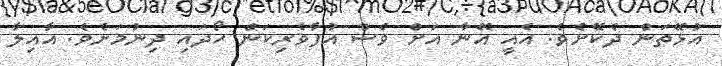
އުޅޭތަން ދެކޭށެވެ. އެއީ އޭނާ އަށް ވެސް އުފާވެރިކަން ހޯދައި ދިނުމަށެވެ. އާއިލާ